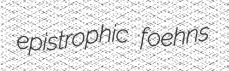
epistrophic foehns